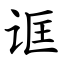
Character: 诓